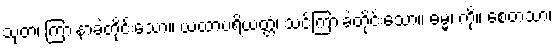
သုတံ၊ ကြားနာခဲ့တိုင်းသော။ ယထာပရိယတ္တံ၊ သင်ကြားခဲ့တိုင်းသော။ ဓမ္မံ၊ ကို။ စေတသာ၊